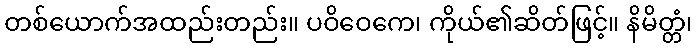
တစ်ယောက်အထည်းတည်း။ ပဝိဝေကေ၊ ကိုယ်၏ဆိတ်ဖြင့်။ နိမိတ္တံ၊